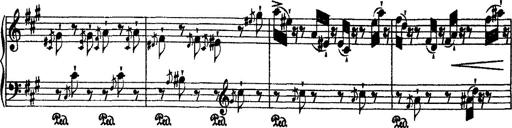
Title: 2 KonzertetÃ¼den
Composer: Franz Liszt